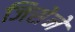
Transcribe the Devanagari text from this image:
जिसेने